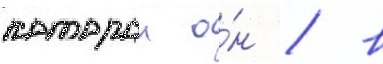
которои о́н / в